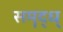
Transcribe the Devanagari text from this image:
समॄद्ध्